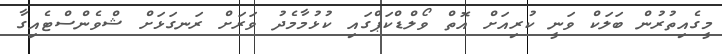
މީގެއިތުރުން ބަލަކް ވަނީ ކުރިއަށް އޮތް ވޯލްޑްކަޕްގައި ކުޅުމާމެދު ވަރަށް ރަނގަޅަށް ޝްވެންސްޓެއިގާ